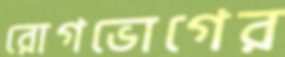
রোগভোগের